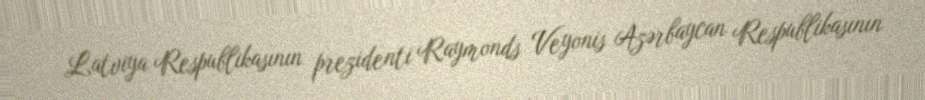
Latviya Respublikasının prezidenti Raymonds Veyonis Azərbaycan Respublikasının